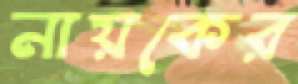
নায়কের